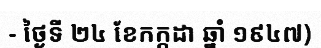
- ថ្ងៃទី ២៤ ខែកក្កដា ឆ្នាំ ១៩៤៧)